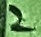
Text: 2